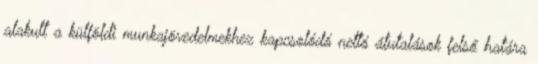
alakult a külföldi munkajövedelmekhez kapcsolódó nettó átutalások felső határa